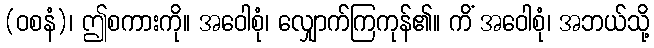
(ဝစနံ)၊ ဤစကားကို။ အဝေါစုံ၊ လျှောက်ကြကုန်၏။ ကိံ အဝေါစုံ၊ အဘယ်သို့